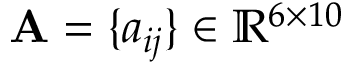
\mathbf { A } = \{ a _ { i j } \} \in \mathbb { R } ^ { 6 \times 1 0 }